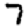
Digit: 7